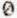
0